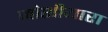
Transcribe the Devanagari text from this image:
जोशीयारा